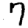
Digit: 7